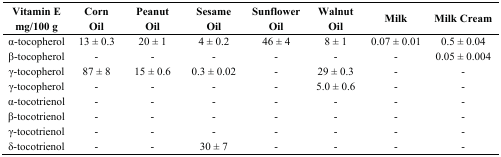
<table><thead><tr><td><b>Vitamin E mg/100 g</b></td><td><b>Corn Oil</b></td><td><b>Peanut Oil</b></td><td><b>Sesame Oil</b></td><td><b>Sunflower Oil</b></td><td><b>Walnut Oil</b></td><td><b>Milk</b></td><td><b>Milk Cream</b></td></tr></thead><tbody><tr><td>α-tocopherol</td><td>13 ± 0.3</td><td>20 ± 1</td><td>4 ± 0.2</td><td>46 ± 4</td><td>8 ± 1</td><td>0.07 ± 0.01</td><td>0.5 ± 0.04</td></tr><tr><td>β-tocopherol</td><td>-</td><td>-</td><td>-</td><td>-</td><td>-</td><td>-</td><td>0.05 ± 0.004</td></tr><tr><td>γ-tocopherol</td><td>87 ± 8</td><td>15 ± 0.6</td><td>0.3 ± 0.02</td><td>-</td><td>29 ± 0.3</td><td>-</td><td>-</td></tr><tr><td>γ-tocopherol</td><td>-</td><td>-</td><td>-</td><td>-</td><td>5.0 ± 0.6</td><td>-</td><td>-</td></tr><tr><td>α-tocotrienol</td><td>-</td><td>-</td><td>-</td><td>-</td><td>-</td><td>-</td><td>-</td></tr><tr><td>β-tocotrienol</td><td>-</td><td>-</td><td>-</td><td>-</td><td>-</td><td>-</td><td>-</td></tr><tr><td>γ-tocotrienol</td><td>-</td><td>-</td><td>-</td><td>-</td><td>-</td><td>-</td><td>-</td></tr><tr><td>δ-tocotrienol</td><td>-</td><td>-</td><td>30 ± 7</td><td>-</td><td>-</td><td>-</td><td>-</td></tr></tbody></table>